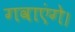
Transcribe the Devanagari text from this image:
गवाएंगे।